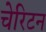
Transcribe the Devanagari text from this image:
चेरिटन